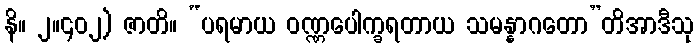
နိ။ ၂။၄၀၂) ဇာတိ။ “ပရမာယ ဝဏ္ဏပေါက္ခရတာယ သမန္နာဂတော”တိအာဒီသု